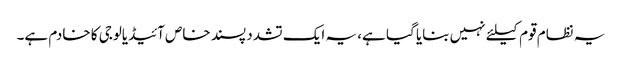
یہ نظام قوم کیلئے نہیں بنایا گیا ہے، یہ ایک تشدد پسند خاص آئیڈیالوجی کا خادم ہے۔